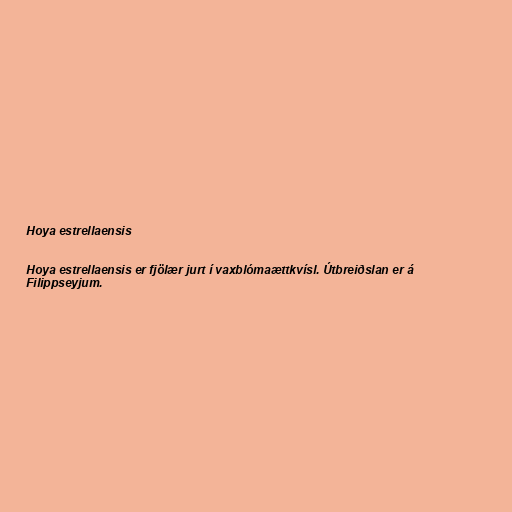
Hoya estrellaensis

Hoya estrellaensis er fjölær jurt í vaxblómaættkvísl. Útbreiðslan er á
Filippseyjum.